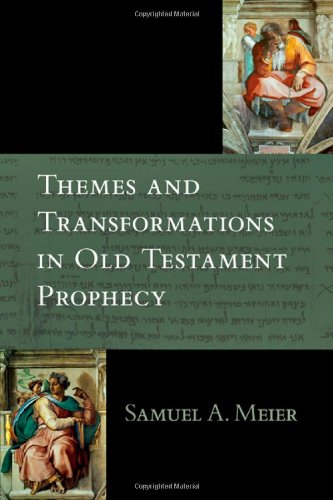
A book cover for Themes and Transformations in Old Testament Prophecy; Samuel  A. Meier; Christian Books & Bibles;